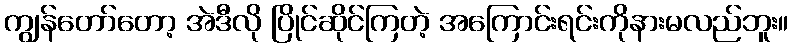
ကျွန်တော်တော့ အဲဒီလို ပြိုင်ဆိုင်ကြတဲ့ အကြောင်းရင်းကိုနားမလည်ဘူး။